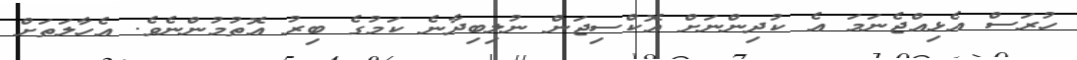
ހުރަސް އެޅިއްޖެނަމަ އެ ކުދިންނަށް އޮކްސިޖަން ނުލިބިދާނެ ކަމުގެ ބިރު އޮތުމުންނެވެ. އެހާލަތަށް